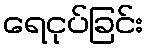
ရေငုပ်ခြင်း